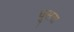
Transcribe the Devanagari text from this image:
धूसरा